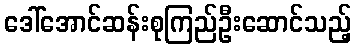
ဒေါ်အောင်ဆန်းစုကြည်ဦးဆောင်သည့်